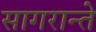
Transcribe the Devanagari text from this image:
सागरान्ते